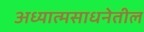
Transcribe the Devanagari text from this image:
अध्यात्मसाधनेतील